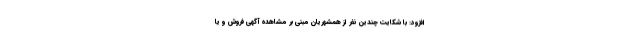
افزود: با شکایت چندین نفر از همشهریان مبنی بر مشاهده آگهی فروش و یا